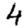
Digit: 4